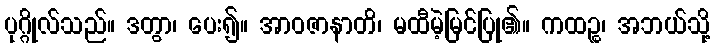
ပုဂ္ဂိုလ်သည်။ ဒတွာ၊ ပေး၍။ အာဝဇာနာတိ၊ မထီမဲ့မြင်ပြု၏။ ကထဉ္စ၊ အဘယ်သို့